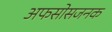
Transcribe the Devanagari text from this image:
अफसोसजनक